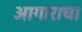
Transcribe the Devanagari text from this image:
आगाराचा